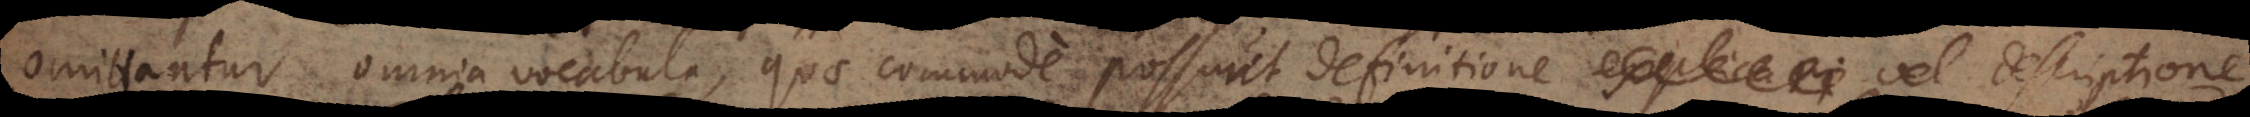
omittantur omnia vocabula, quae commode possunt definitione explicari